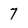
Character: 7